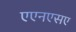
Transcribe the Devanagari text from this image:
एएनएसए